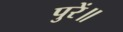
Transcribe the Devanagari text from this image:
पुरें॥